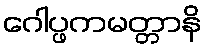
ဂေါပ္ဖကမတ္တာနိ